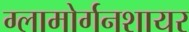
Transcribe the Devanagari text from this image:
ग्लामोर्गनशायर